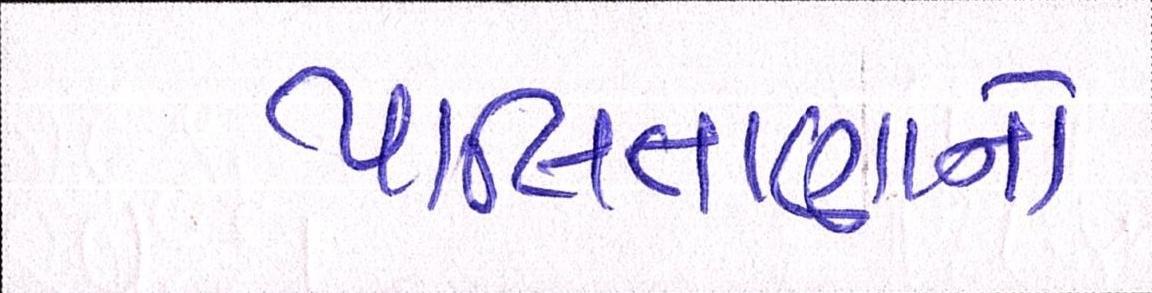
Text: પાલિતાણાનો